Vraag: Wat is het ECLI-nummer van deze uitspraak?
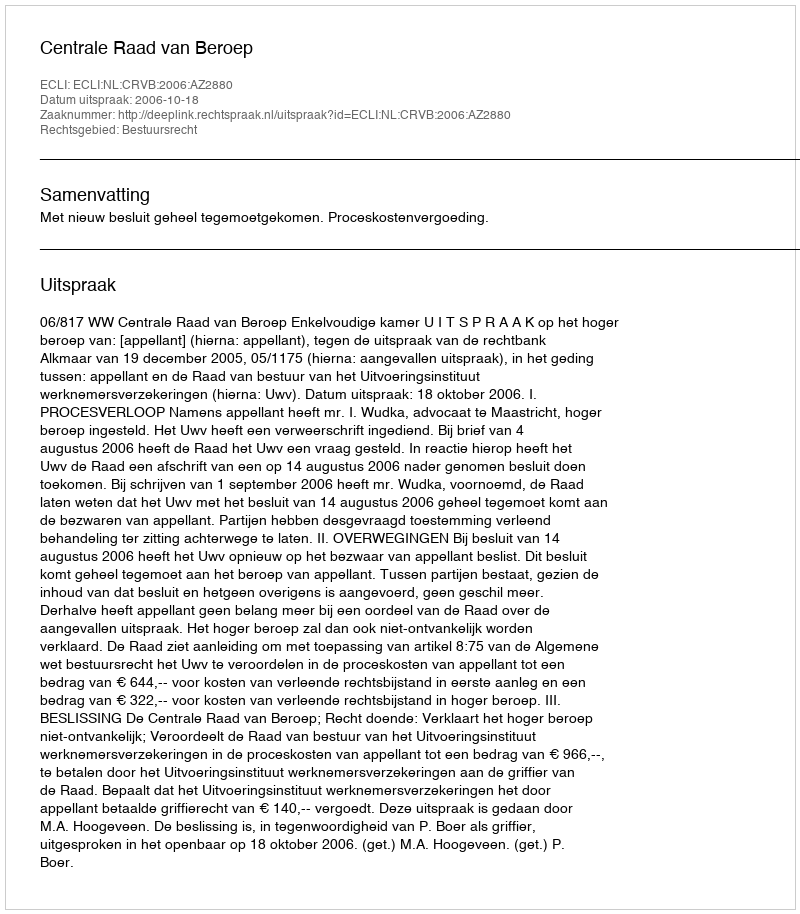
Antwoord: ECLI:NL:CRVB:2006:AZ2880